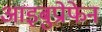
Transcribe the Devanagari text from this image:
आइबुप्रोफेन